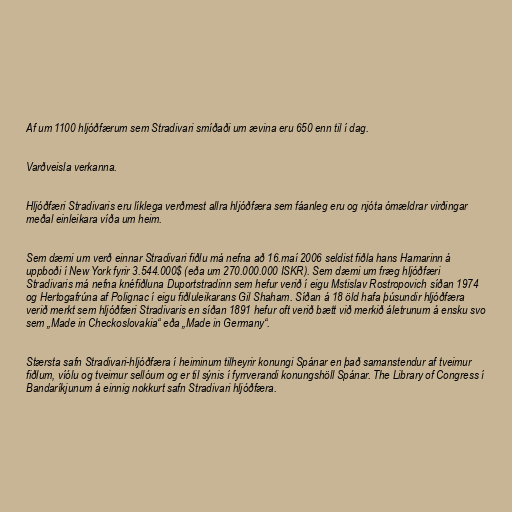
Af um 1100 hljóðfærum sem Stradivari smíðaði um ævina eru 650 enn til í dag.

Varðveisla verkanna.

Hljóðfæri Stradivaris eru líklega verðmest allra hljóðfæra sem fáanleg eru og njóta ómældrar virðingar
meðal einleikara víða um heim.

Sem dæmi um verð einnar Stradivari fiðlu má nefna að 16.maí 2006 seldist fiðla hans Hamarinn á
uppboði í New York fyrir 3.544.000$ (eða um 270.000.000 ISKR). Sem dæmi um fræg hljóðfæri
Stradivaris má nefna knéfiðluna Duportstradinn sem hefur verið í eigu Mstislav Rostropovich síðan 1974
og Hertogafrúna af Polignac í eigu fiðluleikarans Gil Shaham. Síðan á 18 öld hafa þúsundir hljóðfæra
verið merkt sem hljóðfæri Stradivaris en síðan 1891 hefur oft verið bætt við merkið áletrunum á ensku svo
sem „Made in Checkoslovakia“ eða „Made in Germany“.

Stærsta safn Stradivari-hljóðfæra í heiminum tilheyrir konungi Spánar en það samanstendur af tveimur
fiðlum, víólu og tveimur sellóum og er til sýnis í fyrrverandi konungshöll Spánar. The Library of Congress í
Bandaríkjunum á einnig nokkurt safn Stradivari hljóðfæra.